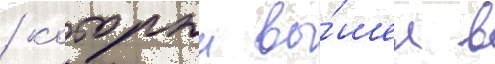
/ которыи вы́шел в